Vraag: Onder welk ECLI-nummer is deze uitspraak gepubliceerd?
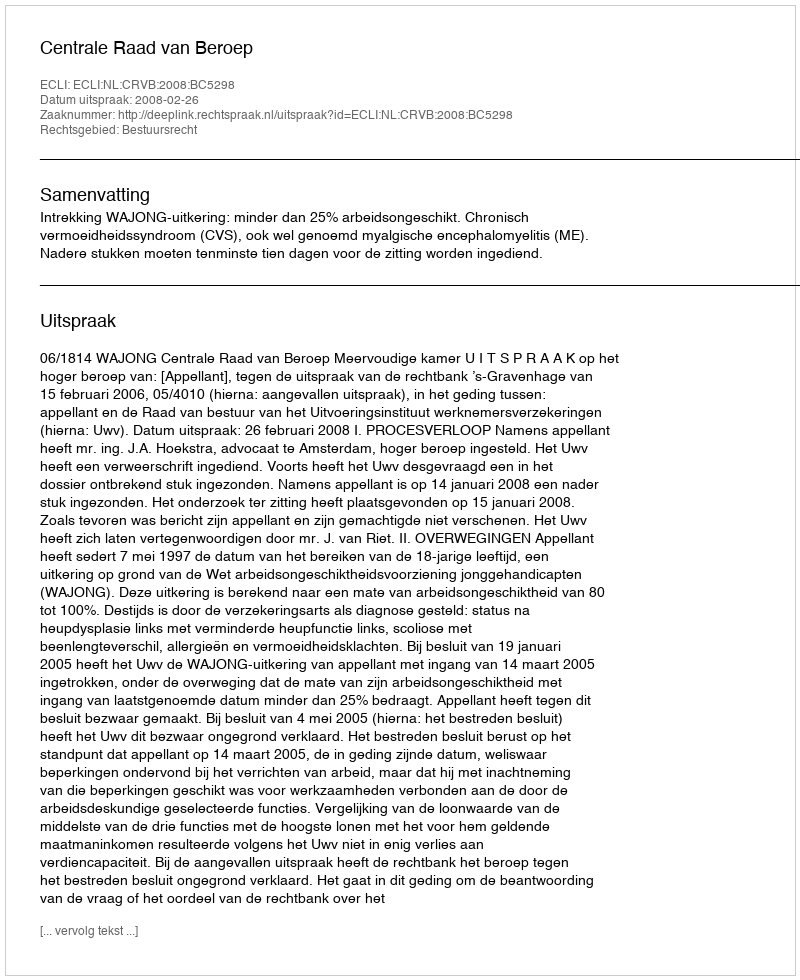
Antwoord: ECLI:NL:CRVB:2008:BC5298